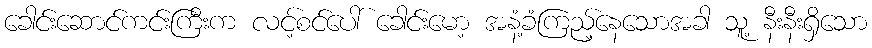
ခေါင်းဆောင်ကင်းကြီးက လင့်စင်ပေါ် ခေါင်းမော့ အနံ့ခံကြည့်နေသောအခါ သူ့ နီးနီးရှိသော